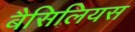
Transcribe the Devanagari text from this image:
बैसिलियस